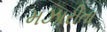
મઝારીતા